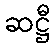
ဆဋ္ဌီ